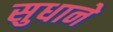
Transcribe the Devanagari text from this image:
सुधाने